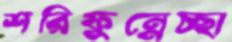
শরিফুন্নেচ্ছা